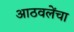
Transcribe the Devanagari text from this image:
आठवलेंचा